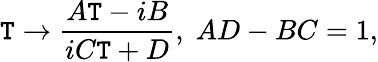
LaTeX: \mathtt{T}\rightarrow\frac{{A\mathtt{T}-iB}}{{iC\mathtt{T}+D}},\; AD-BC=1,